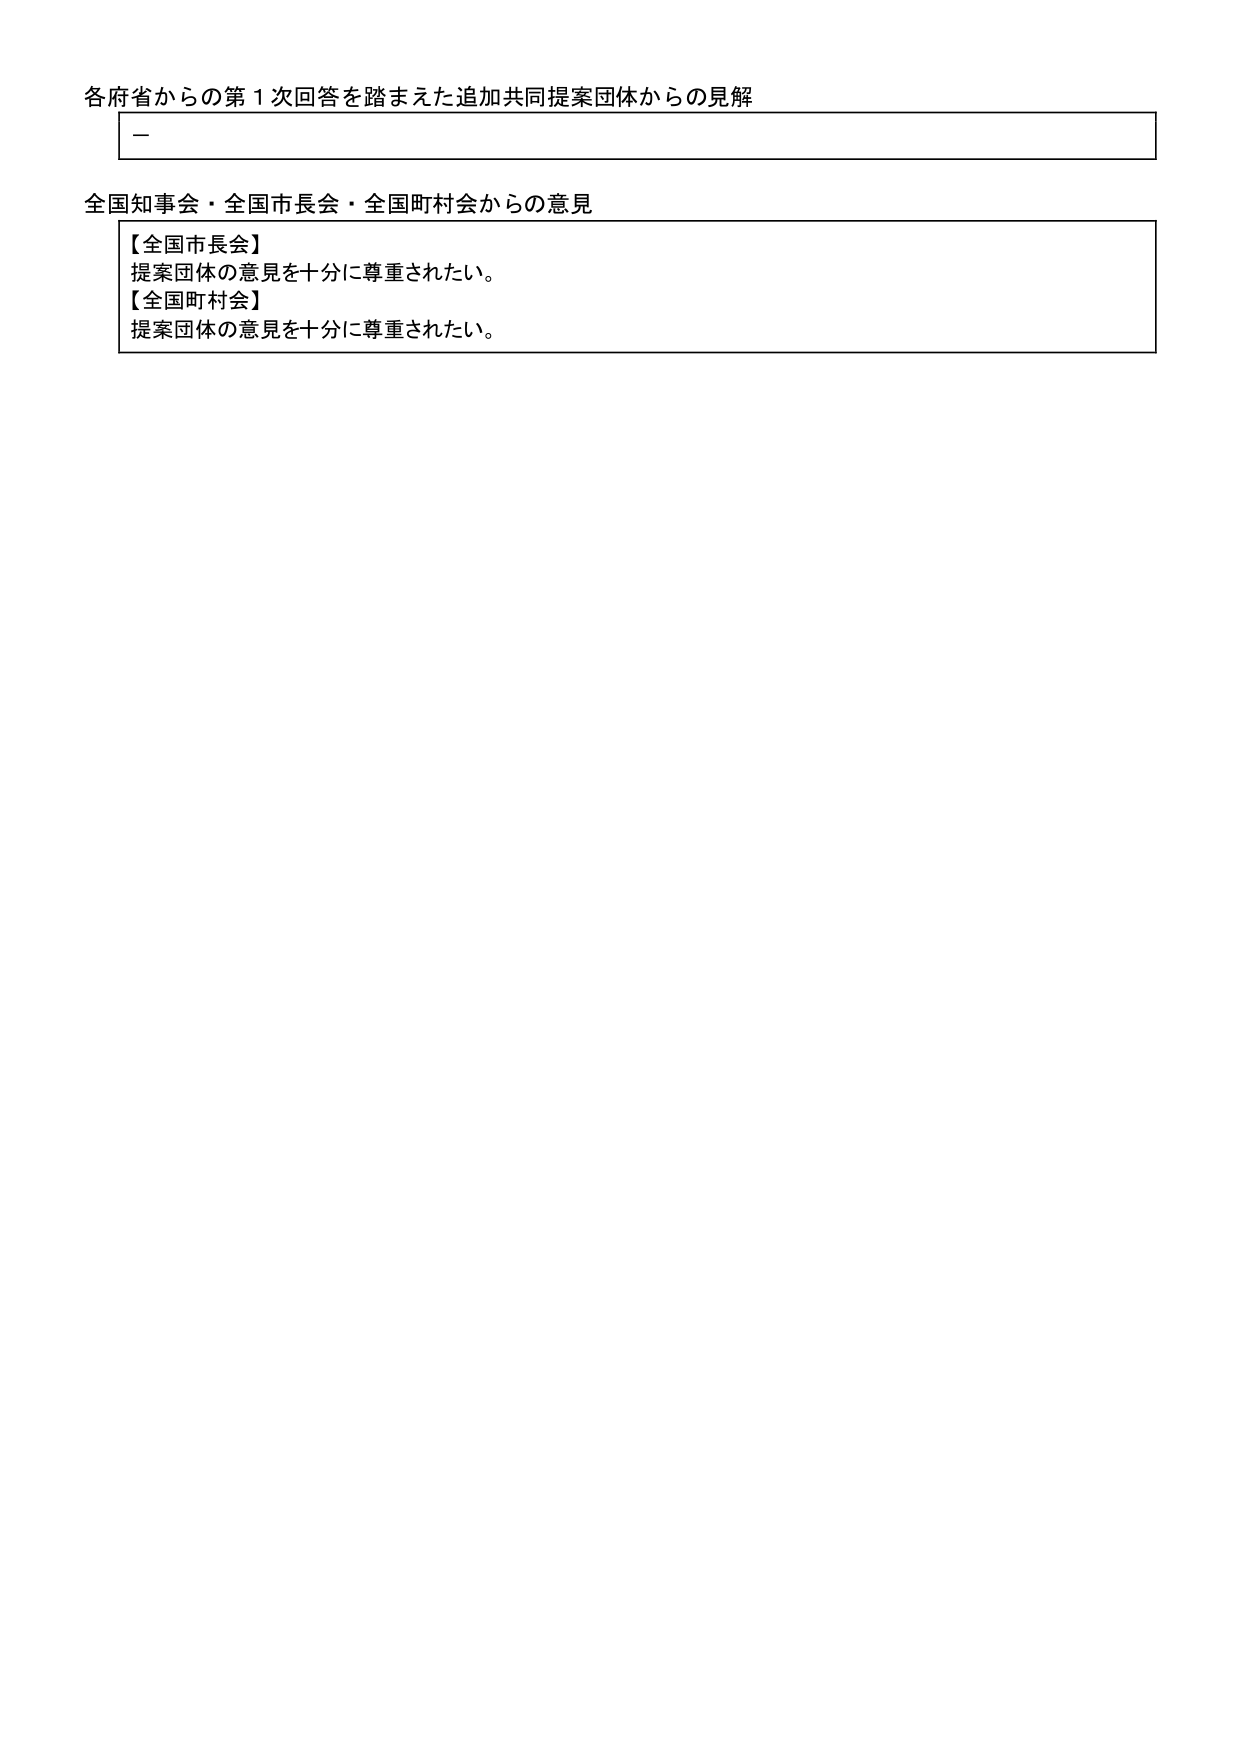
各府省からの第１次回答を踏まえた追加共同提案団体からの見解
－
全国知事会・全国市長会・全国町村会からの意見
【全国市長会】
提案団体の意見を十分に尊重されたい。
【全国町村会】
提案団体の意見を十分に尊重されたい。